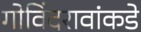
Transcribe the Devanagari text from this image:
गोविंदरावांकडे